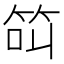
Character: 𱷵